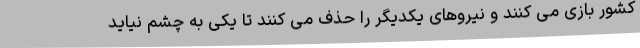
کشور بازی می کنند و نیروهای یکدیگر را حذف می کنند تا یکی به چشم نیاید